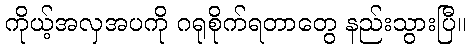
ကိုယ့်အလှအပကို ဂရုစိုက်ရတာတွေ နည်းသွားပြီ။